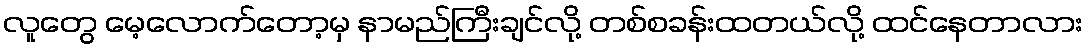
လူတွေ မေ့လောက်တော့မှ နာမည်ကြီးချင်လို့ တစ်စခန်းထတယ်လို့ ထင်နေတာလား